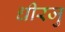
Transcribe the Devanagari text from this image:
धीरजु